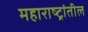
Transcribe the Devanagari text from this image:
महाराष्ट्रांतील